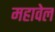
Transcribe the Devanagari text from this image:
महावेल